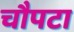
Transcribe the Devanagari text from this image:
चौपटा